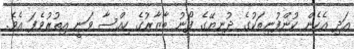
އަދި އެހެން ކުންފުނިތަކުގެ ދުނިޔޭގެ ފޯނު ބާޒާރުގެ ހިއްސާ ވަނީ އިތުރުވެފަ އެވެ.